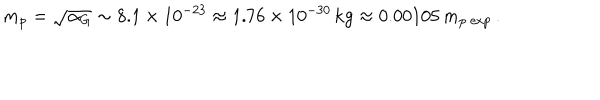
LaTeX: m _ { p } = \sqrt { \alpha _ { G } } \sim 8 . 1 \times 1 0 ^ { - 2 3 } \approx 1 . 7 6 \times 1 0 ^ { - 3 0 } \, \mathrm { k g } \approx 0 . 0 0 1 0 5 \, m _ { p \ \mathrm { e x p } } \, .